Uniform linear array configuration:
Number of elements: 12
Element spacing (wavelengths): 0.75
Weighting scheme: hamming
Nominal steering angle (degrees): -60
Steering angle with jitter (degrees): -59.441
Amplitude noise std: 0.05
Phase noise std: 0.05

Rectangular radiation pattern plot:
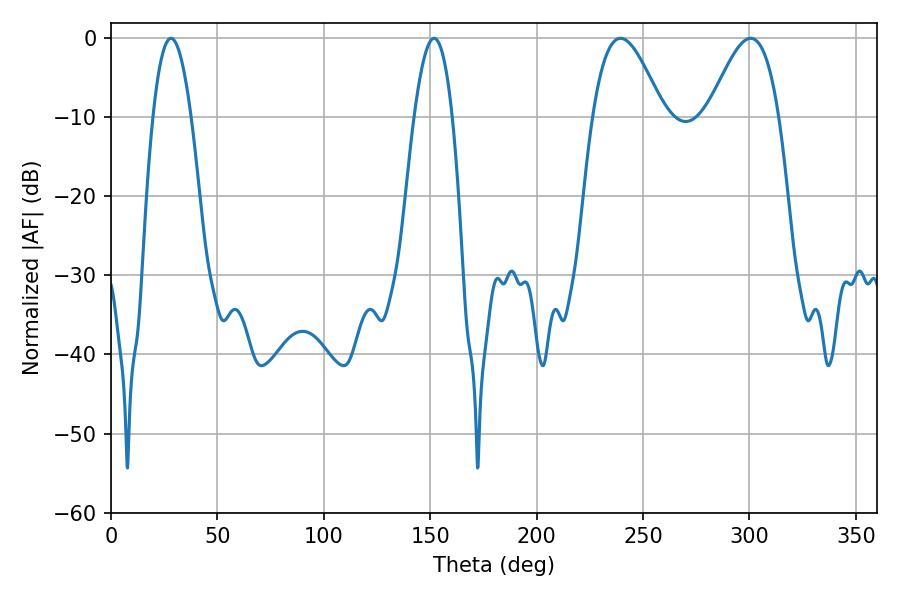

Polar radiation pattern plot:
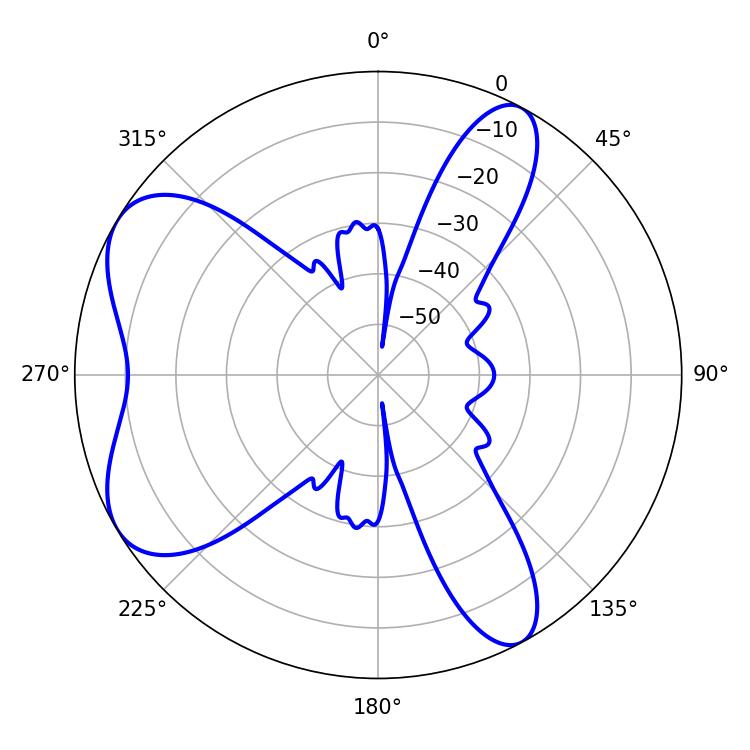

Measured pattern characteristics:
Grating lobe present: TRUE
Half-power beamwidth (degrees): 17.82
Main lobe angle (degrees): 239.4